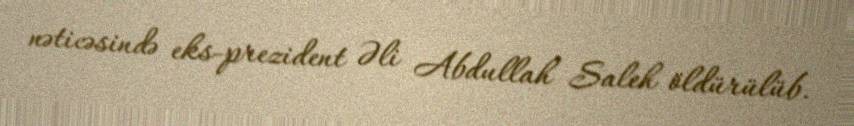
nəticəsində eks-prezident Əli Abdullah Saleh öldürülüb.